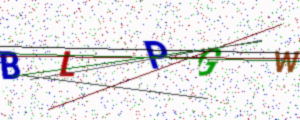
Text: BLPGW